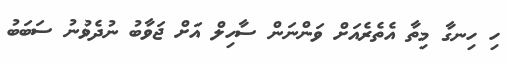
ހި ހިނގާ މިތާ އެތެރެއަށް ވަންނަން ސާހިލް އަށް ޖަވާބު ނުދެވުނު ސަބަބު